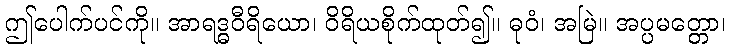
ဤပေါက်ပင်ကို။ အာရဒ္ဓဝီရိယော၊ ဝိရိယစိုက်ထုတ်၍။ ဓုဝံ၊ အမြဲ။ အပ္ပမတ္တော၊